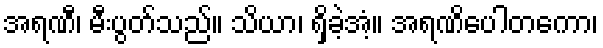
အရဏီ၊ မီးပွတ်သည်။ သိယာ၊ ရှိခဲ့အံ့။ အရဏိပေါတကော၊